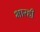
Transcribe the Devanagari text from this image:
भारही